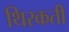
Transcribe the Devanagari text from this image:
थिरकतीं